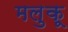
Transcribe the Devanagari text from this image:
मलुकू